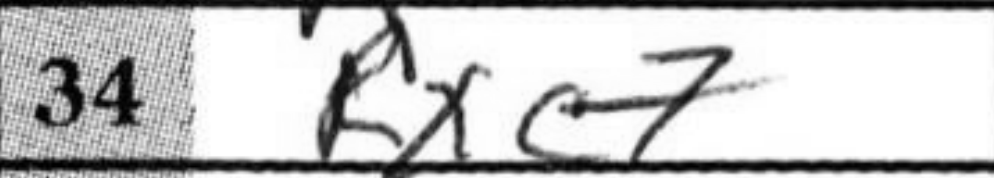
Transcription: Rxc7